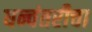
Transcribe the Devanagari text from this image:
धन्वंतरीचा